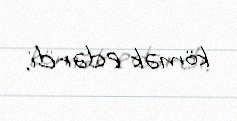
kömək edərdi.